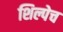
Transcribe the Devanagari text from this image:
शिल्पेच